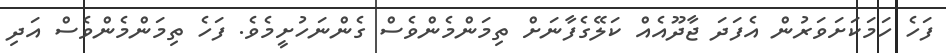
ފަހެ ހަމަކަށަވަރުން އެފަދަ ޖާދޫއެއް ކަލޭގެފާނަށް ތިމަންމެންވެސް ގެންނަހުށީމެވެ. ފަހެ ތިމަންމެންވެސް އަދި